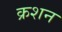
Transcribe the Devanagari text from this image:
क्रशन